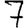
Digit: 7